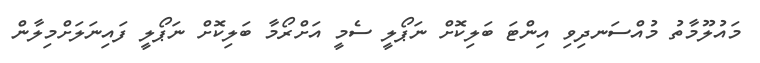
މައުލޫމާތު މުއްސަނދިވި އިންޓަ ބަލިކޮށް ނަޕޯލީ ސެމީ އަށްރޯމާ ބަލިކޮށް ނަޕޯލީ ފައިނަލަށްމިލާން